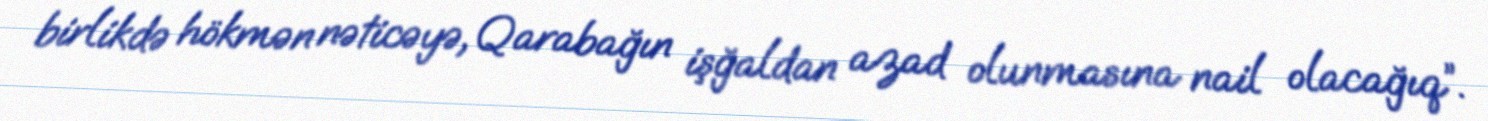
birlikdə hökmən nəticəyə, Qarabağın işğaldan azad olunmasına nail olacağıq”.